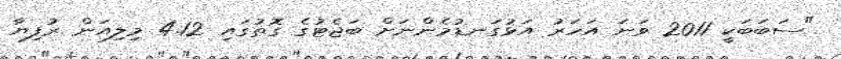
"ސަބަބަކީ 2011 ވަނަ އަހަރު އަޅުގަނޑުމެންނަށް ބަޖެޓުގެ ގޮތުގައި 4.12 މިލިއަން ރުފިޔާ